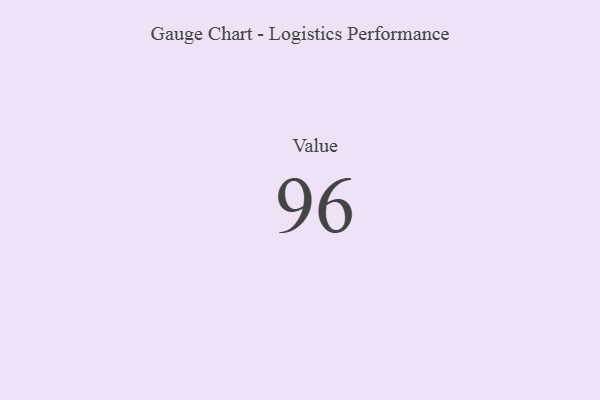
{"axis": {"x": "Metric", "y": "Value"}, "legend": [""], "data": [{"x": "Value", "y": 96, "type": ""}]}